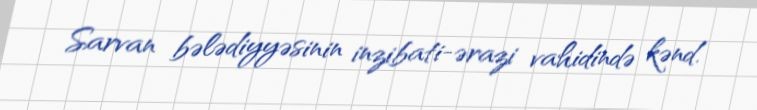
Sarvan bələdiyyəsinin inzibati-ərazi vahidində kənd.